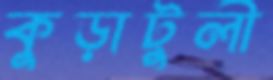
কুড়াটুলী